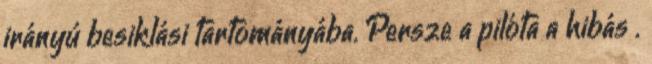
irányú besiklási tartományába. Persze a pilóta a hibás .